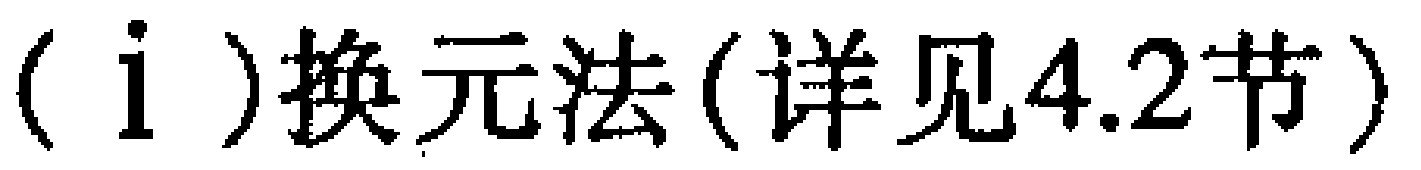
（i）换元法(详见4.2节)